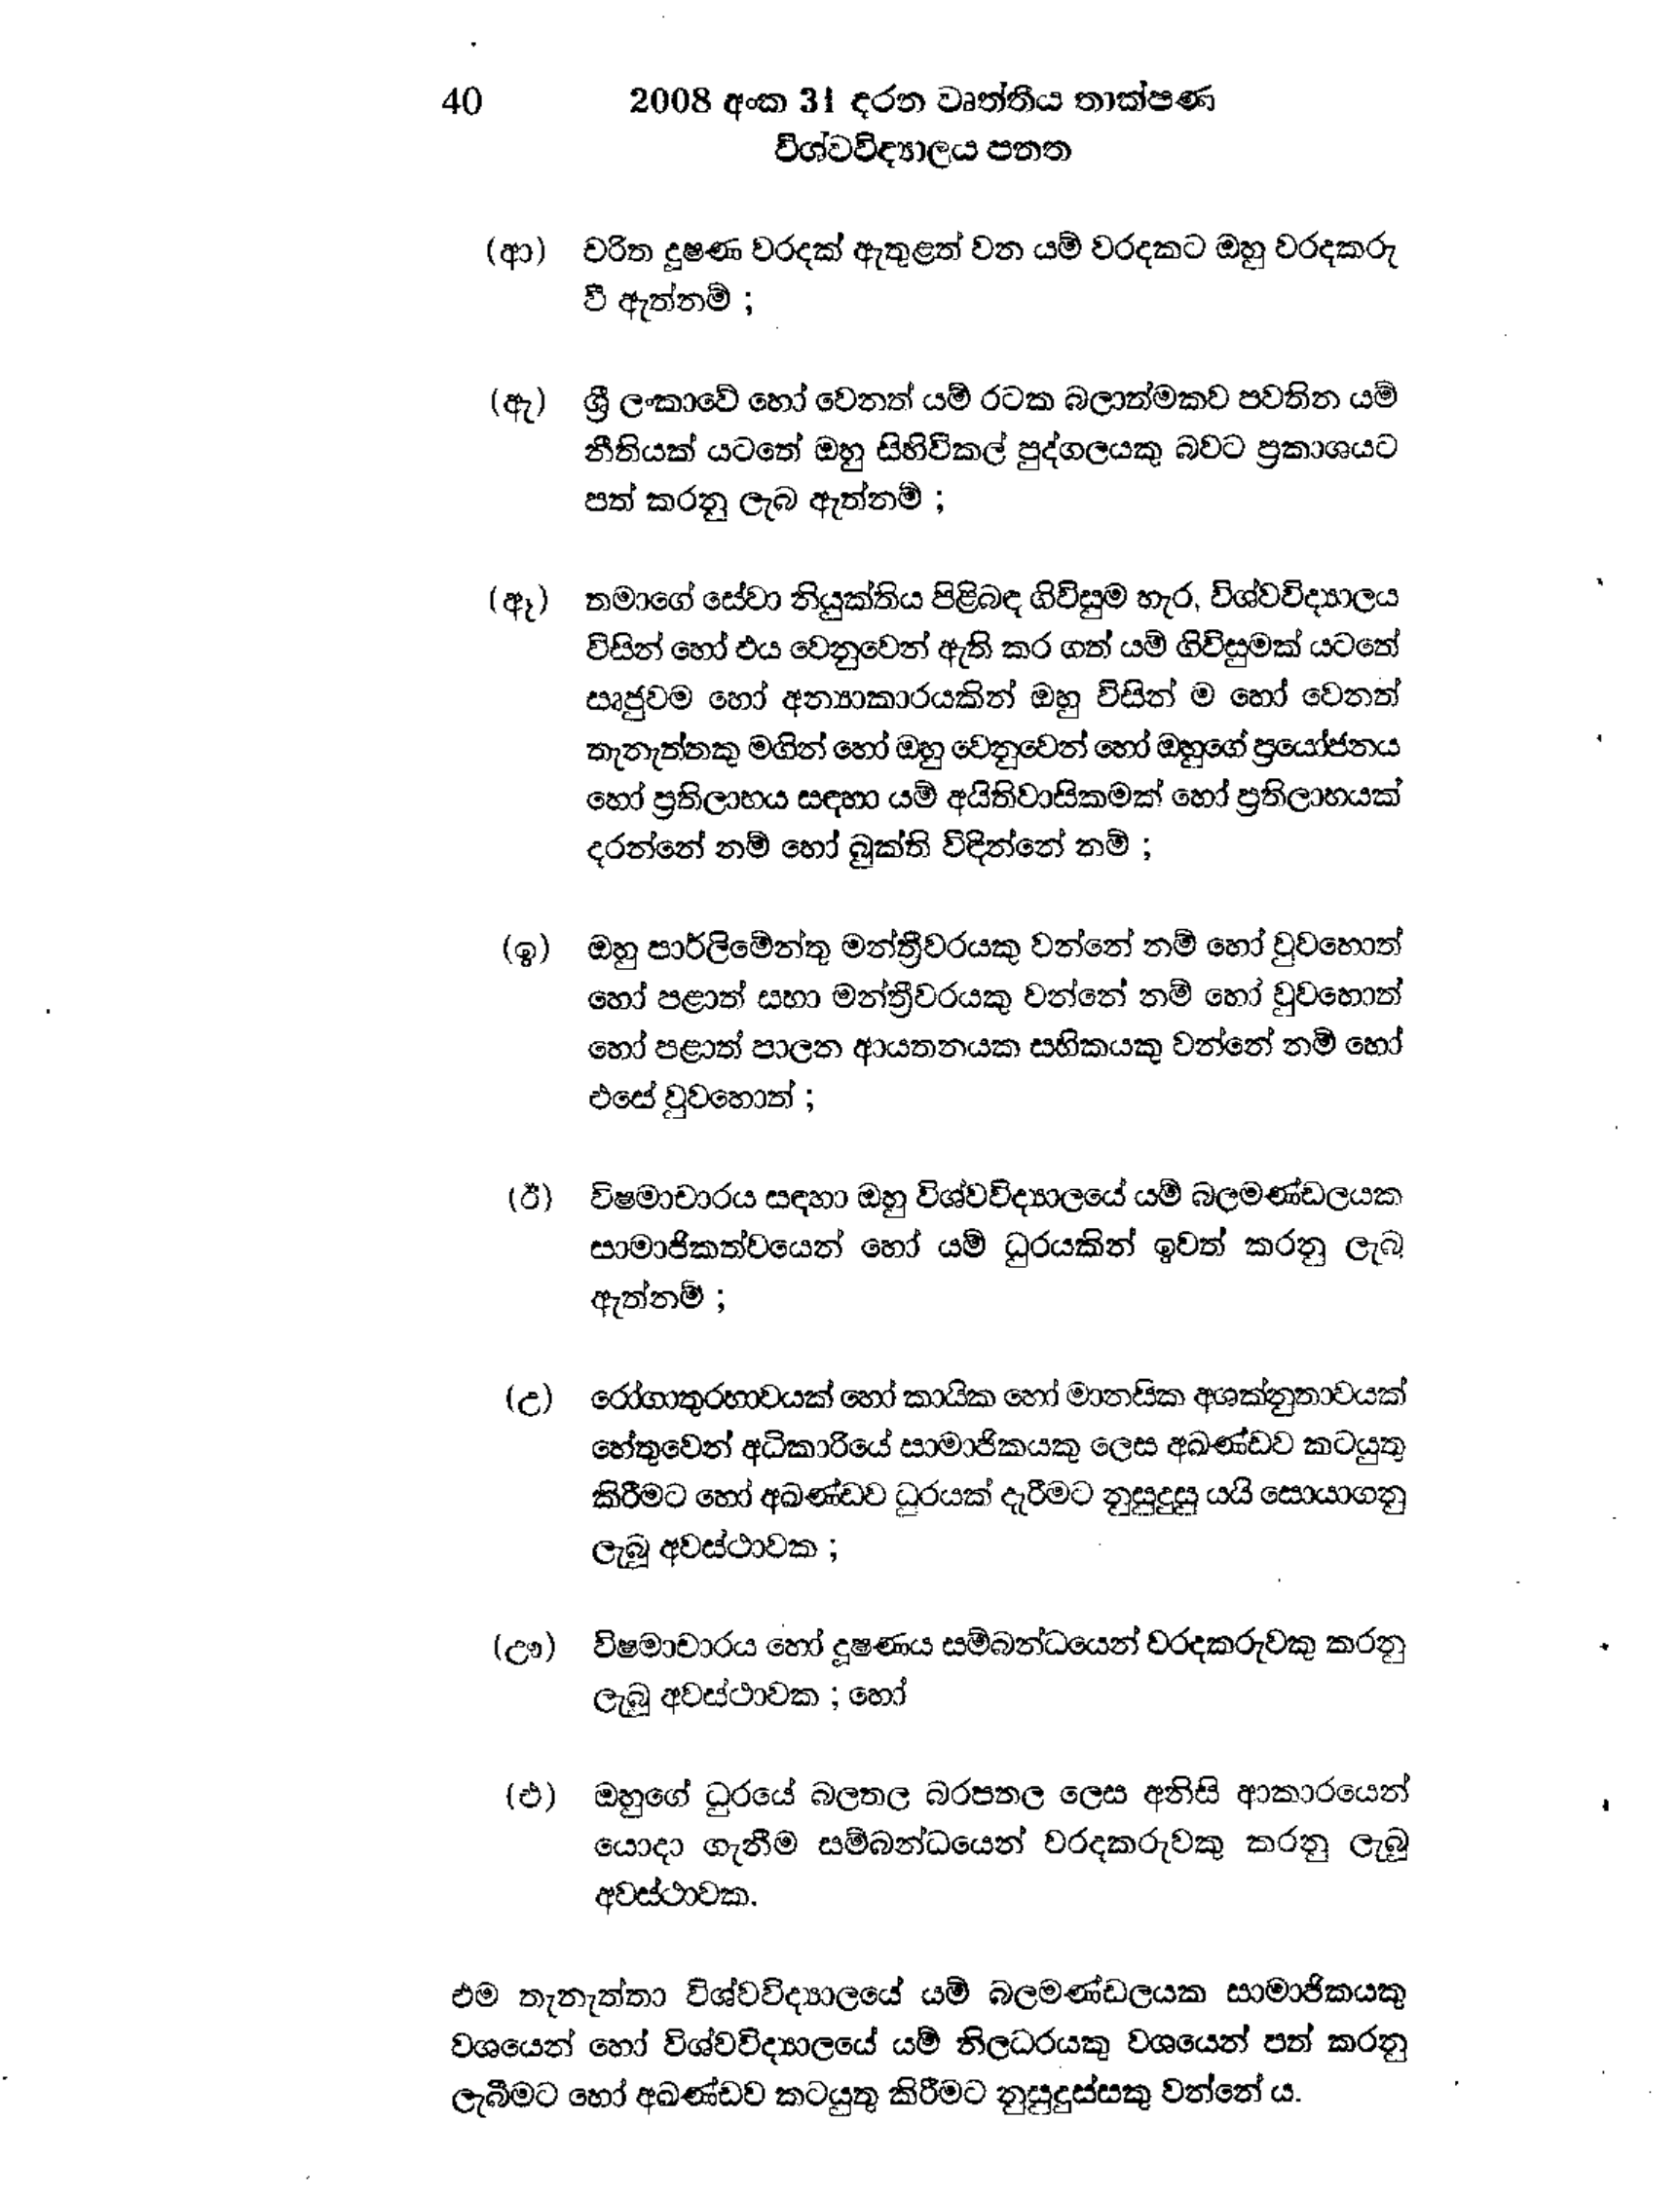
40 2008 අංක 31 දරන වෘත්තීය තාක්ෂණ
විශ්ව විද්‍යාලය පතත

(ආ) චරිත දුෂණ වරදක් ඇතුළත් වන යම් වරදකට ඔහු වරදකරු
වී ඇත්නම් ;

(ඇ) ශ්‍රී ලංකාවේ හෝ වෙනත් යම් රටක බලාත්මකව පවතින යම්
නීතියක් යටතේ ඔහු සිහිවිකල් පුද්ගලයකු බවට ප්‍රකාශයට
පත් කරනු ලැබ ඇත්නම් ;

(ඈ) තමාගේ සේවා නියුක්තිය පිළිබඳ ගිවිසුම හැර, විශ්ව විද්‍යාලය
විසින් හෝ එය වෙනුවෙන් ඇති කර ගත් යම් ගිවිසුමක් යටතේ
සෘජුවම හෝ අන්‍යාකාරයකින් ඔහු විසින් ම හෝ වෙනත්
තැනැත්තකු මගින් හෝ ඔහු වෙනුවෙන් හෝ ඔහුගේ ප්‍රයෝජනය
හෝ ප්‍රතිලාභය සඳහා යම් අයිතිවාසිකමක් හෝ ප්‍රතිලාභයක්
දරන්නේ නම් හෝ බුක්ති විඳින්නේ නම්;

(ඉ) ඔහු පාර්ලිමේන්තු මන්ත්‍රීවරයකු වන්නේ නම් හෝ වුවහොත්
හෝ පළාත් සභා මන්ත්‍රීවරයකු වන්නේ නම් හෝ වුවහොත්
හෝ පළාත් පාලන ආයතනයක සභිකයකු වන්නේ නමි හෝ
එසේ වුවහොත් ;

(ඊ) විෂමාචාරය සඳහා ඔහු විශ්වවිද්‍යාලයේ යම් බලමණ්ඩලයක
සාමාජිකත්වයෙන් හෝ යම් ධුරයකින් ඉවත් කරනු ලැබු
ඇත්නම් ;

(උ) රෝගාතුරභාවයක් හෝ කායික හෝ මානසික අශක්නුතාවයක්
හේතුවෙන් අධිකාරියේ සාමාජිකයකු ලෙස අඛණ්ඩව කටයුතු
කිරීමට හෝ අඛණ්ඩව ධුරයක් දැරීමට නුසුදුසු යයි සොයාගනු
ලැබූ අවස්ථාවක ;

(ඌ) විෂමාචාරය හෝ දූෂණය සම්බන්ධයෙන් වරදකරුවකු කරනු
ලැබූ අවස්ථාවක ; හෝ

(එ) ඔහුගේ ධුරයේ බලතල බරපතල ලෙස අනිසි ආකාරයෙන්
යොදා ගැනීම සම්බන්ධයෙන් වරදකරුවකු කරනු ලැබූ
අවස්ථාවක.

එම තැනැත්තා විශ්වවිද්‍යාලයේ යම් බලමණ්ඩලයක සාමාජිකයකු
වශයෙන් හෝ විශ්ව විද්‍යාලයේ යම් නිලධරයකු වශයෙන් පත් කරනු
ලැබීමට හෝ අඛණ්ඩව කටයුතු කිරීමට නුසුදුස්සකු වන්නේ ය.